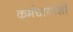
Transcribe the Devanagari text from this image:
कर्मचायांशी